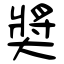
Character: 奬